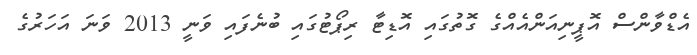
އެޑްވާންސް އޮޕީނިއަންއެއްގެ ގޮތުގައި އޮޑިޓާ ރިޕޯޓުގައި ބުނެފައި ވަނީ 2013 ވަނަ އަހަރުގެ